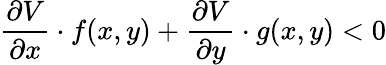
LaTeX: \frac{\partial V}{\partial x}\cdot f(x,y)+\frac{\partial V}{\partial y}\cdot g(x,y)<0